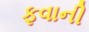
ફવાની